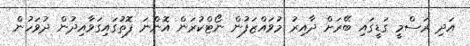
އަދި ރަސްމީ ގަޑީގައި ބޭރަށް ދާއިރު މުވައްޒަފުން ނޯޓްކުރަން އޮންނަ ފޮތުގައިގަވާއިދުން ދުވަހުން